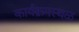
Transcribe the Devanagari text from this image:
कार्यक्रमस्थळ